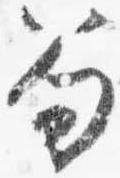
笏